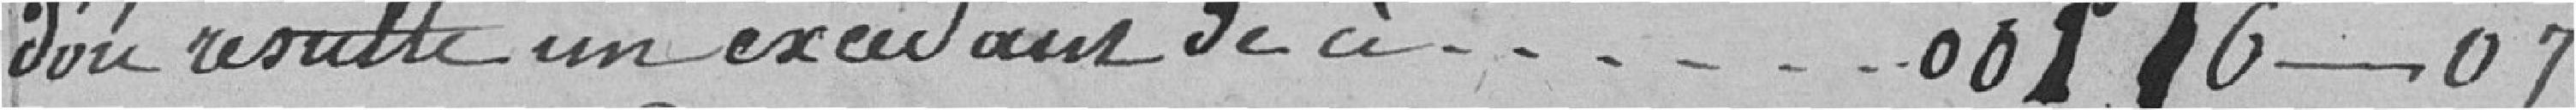
d'où résulte un excédant de ci..... 00.116---07